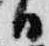
日